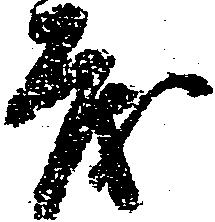
も